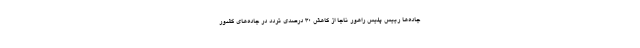
جاده‌ها رییس پلیس راهور ناجا از کاهش ۳۰ درصدی تردد در جاده‌های کشور